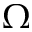
\Omega